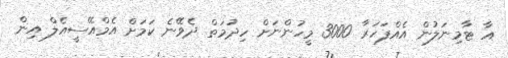
އާ ޓާމިނަލުން އެއްފަހަރާ 3000 މީހުންނަށް ހިދުމަތް ދެވޭނެ ކަމަށް އެމްއޭސީއެލް އިން